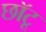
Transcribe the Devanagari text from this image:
छॉटू